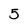
Character: 5